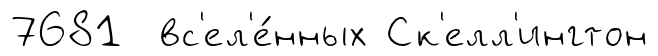
7681 вс'ел'е́нных Ск'елл'ингтон